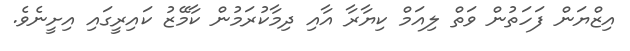
އިޒްޔަން ފަހަތުން ވަތް ލިއަމް ކިޔާރާ އާއި ދިމާކުރަމުން ކާމޭޒު ކައިރީގައި އިށީނެވެ.